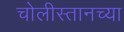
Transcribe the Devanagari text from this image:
चोलीस्तानच्या